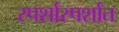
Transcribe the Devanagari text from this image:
स्पर्शास्पर्शांत